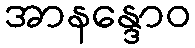
အာနန္ဒောဝ